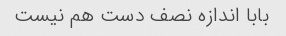
بابا اندازه نصف دست هم نیست